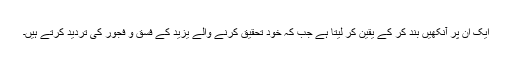
ایک ان پر آنکھیں بند کر کے یقین کر لیتا ہے جب کہ خود تحقیق کرنے والے یزید کے فسق و فجور کی تردید کرتے ہیں۔